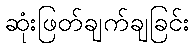
ဆုံးဖြတ်ချက်ချခြင်း